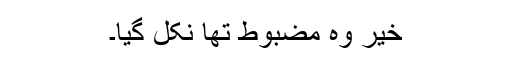
خیر وہ مضبوط تھا نکل گیا۔